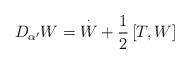
LaTeX: \begin{align*}D_{\alpha ^{\prime }}W=\overset{\cdot }{W}+\frac{1}{2}\left[ T,W\right] \end{align*}